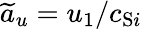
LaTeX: \widetilde{a}_{u}=u_{1}/c_{\mathrm{S}i}